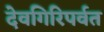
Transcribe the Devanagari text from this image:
देवगिरिपर्वत